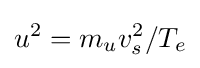
u^{2}=m_{u}v_{s}^{2}/T_{e}